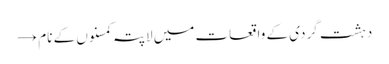
دہشت گردی کے واقعات میں لاپتہ کمسنوں کے نام →